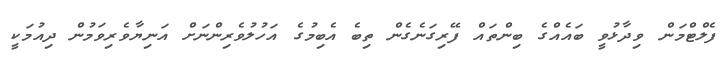
ފެލްޓްމަން ވިދާޅުވީ ބައެއްގެ ބިންތައް ފޭރިގަނެގެން ތިބެ އެބިމުގެ އަހުލުވެރިންނަށް އަނިޔާވެރިވަމުން ދިއުމަކީ